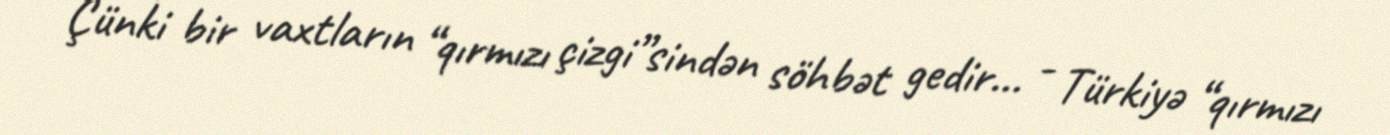
Çünki bir vaxtların “qırmızı çizgi”sindən söhbət gedir... - Türkiyə “qırmızı